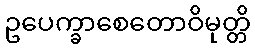
ဥပေက္ခာစေတောဝိမုတ္တိ